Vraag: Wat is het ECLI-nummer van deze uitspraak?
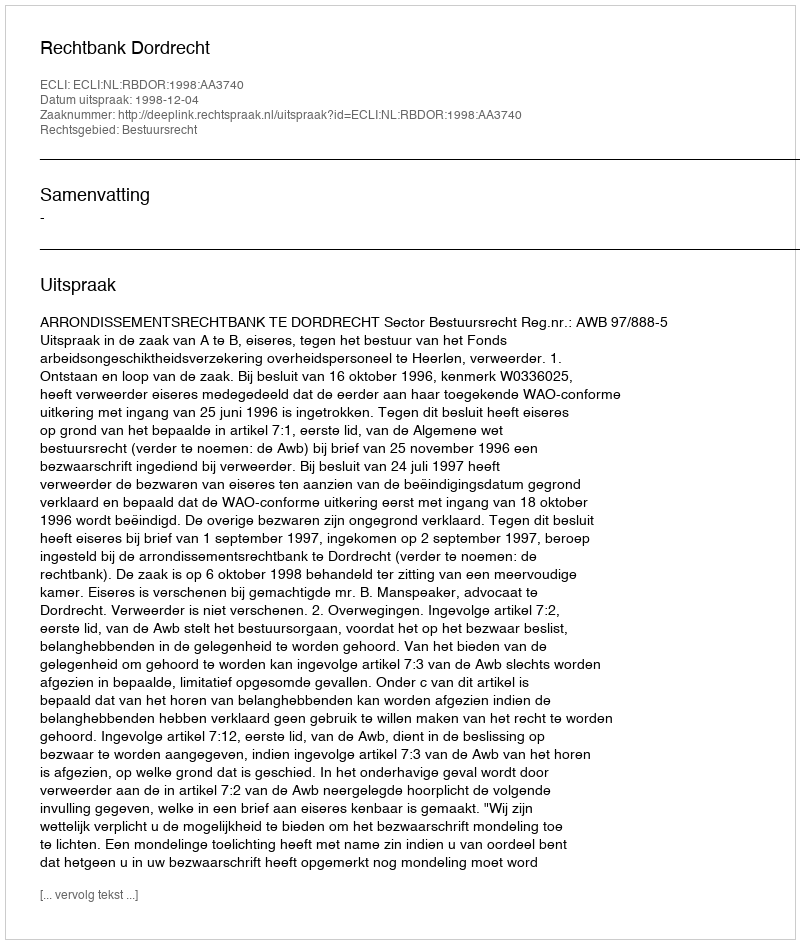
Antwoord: ECLI:NL:RBDOR:1998:AA3740